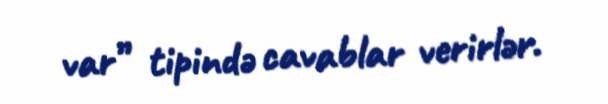
var” tipində cavablar verirlər.